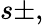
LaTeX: s\pm,